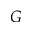
G